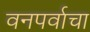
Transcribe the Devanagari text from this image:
वनपर्वाचा